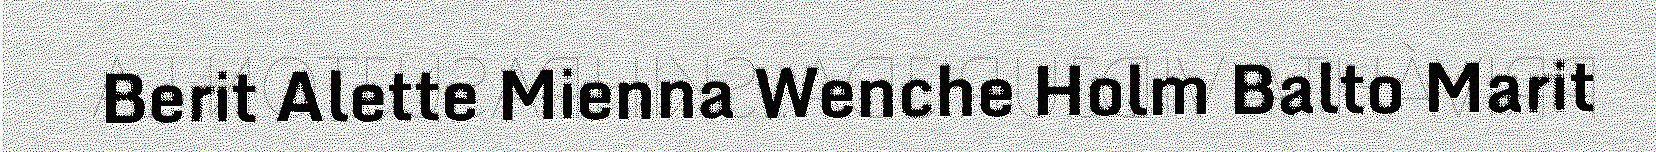
Berit Alette Mienna Wenche Holm Balto Marit